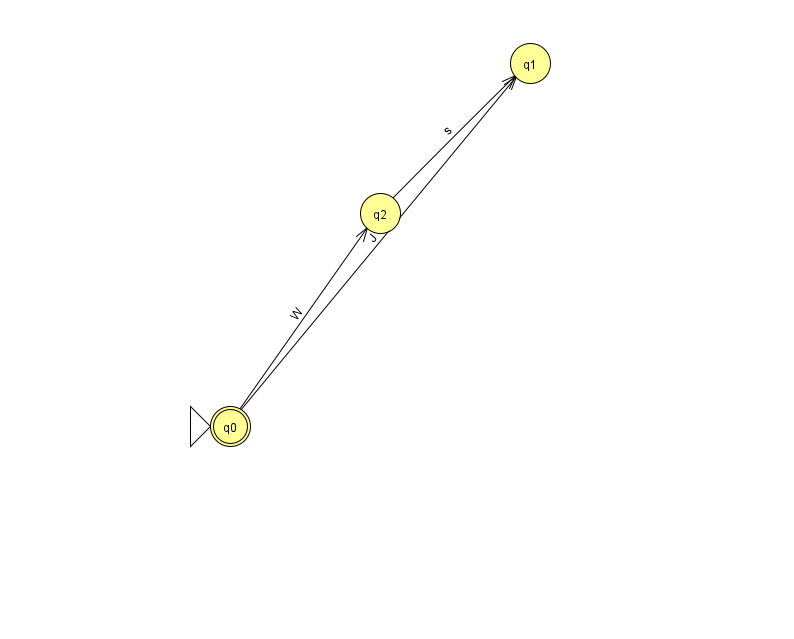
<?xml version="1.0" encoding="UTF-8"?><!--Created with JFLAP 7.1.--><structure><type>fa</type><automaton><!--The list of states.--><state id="0" name="q0"><x>230.0</x><y>413.0</y><initial/><final/></state><state id="1" name="q1"><x>530.0</x><y>50.0</y></state><state id="2" name="q2"><x>380.0</x><y>200.0</y></state><!--The list of transitions.--><transition><from>0</from><to>1</to><read>J</read></transition><transition><from>2</from><to>1</to><read>s</read></transition><transition><from>0</from><to>2</to><read>W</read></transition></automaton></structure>